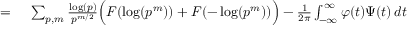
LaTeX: \begin{array} { r l } { = { } } & { { } \sum _ { p , m } { \frac { \log ( p ) } { p ^ { m / 2 } } } { \Big ( } F ( \log ( p ^ { m } ) ) + F ( - \log ( p ^ { m } ) ) { \Big ) } - { \frac { 1 } { 2 \pi } } \int _ { - \infty } ^ { \infty } \varphi ( t ) \Psi ( t ) \, d t } \end{array}